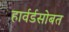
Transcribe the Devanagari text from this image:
हार्वर्डसोबत